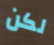
لكن